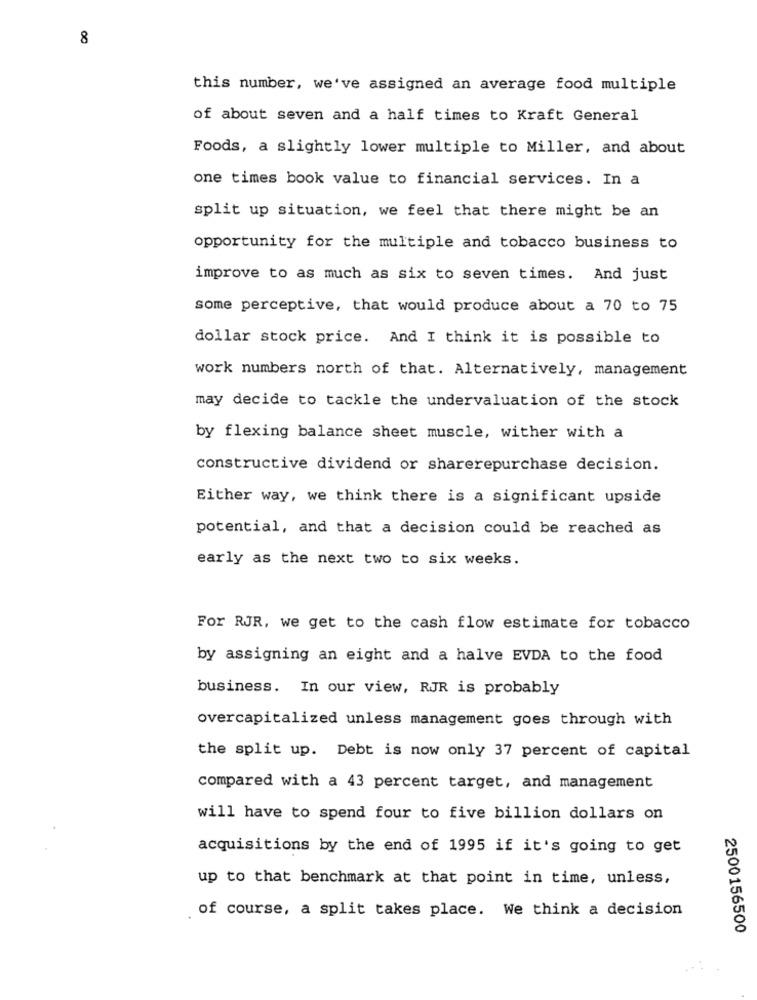
8
this number, we've assigned an average food multiple
of about seven and a half times to Kraft General
Foods, a slightly lower multiple to Miller, and about
one times book value to financial services. In a
split up situation, we feel that there might be an
opportunity for the multiple and tobacco business to
improve to as much as six to seven times. And just
some perceptive, that would produce about a 70 to 75
dollar stock price. And I think it is possible to
work numbers north of that. Alternatively, management
may decide to tackle the undervaluation of the stock
by flexing balance sheet muscle, wither with a
constructive dividend or sharerepurchase decision.
Either way, we think there is a significant upside
potential, and that a decision could be reached as
early as the next two to six weeks.
For RJR, we get to the cash flow estimate for tobacco
by assigning an eight and a halve EVDA to the food
business. In our view, RJR is probably
overcapitalized unless management goes through with
the split up. Debt is now only 37 percent of capital
compared with a 43 percent target, and management
will have to spend four to five billion dollars on
acquisitions by the end of 1995 if it's going to get
up to that benchmark at that point in time, unless,
of course, a split takes place. We think a decision
2500156500